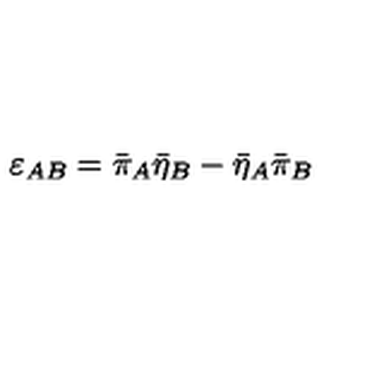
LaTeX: \varepsilon _ { A B } = \bar { \pi } _ { A } \bar { \eta } _ { B } - \bar { \eta } _ { A } \bar { \pi } _ { B }